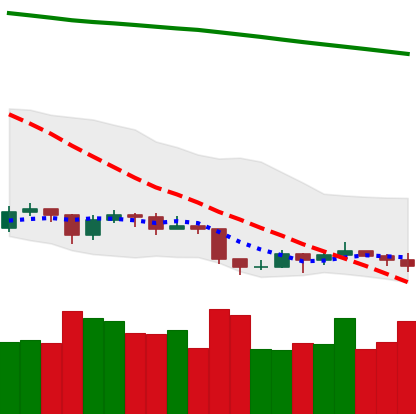
Ticker: EOS-USD
Chart end date: 2019-09-06
Forward return: 16.502%
Label: up_7plus